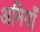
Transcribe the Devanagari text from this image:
अमियाँ